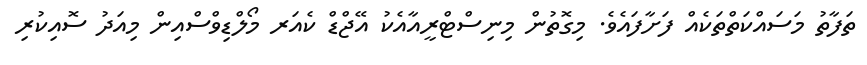
ތަފާތު މަސައްކަތްތަކެއް ފަށާފައެވެ. މިގޮތުން މިނިސްޓްރީއާއެކު އޭޖްޑް ކެއަރ މޯލްޑިވްސްއިން މިއަދު ސޮއިކުރި